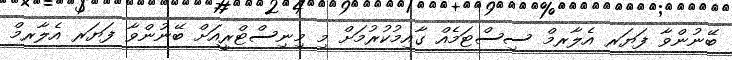
ބޭނުންވާ ފަޔަރ އެލާރމް ސިސްޓަމެއް ގާއިމުކުރުމަށް މި މިނިސްޓްރީއަށް ބޭނުންވާ ފަޔަރ އެލާރމް